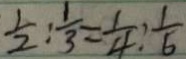
\frac { 1 } { 2 } : \frac { 1 } { 3 } = \frac { 1 } { 4 } : \frac { 1 } { 6 }